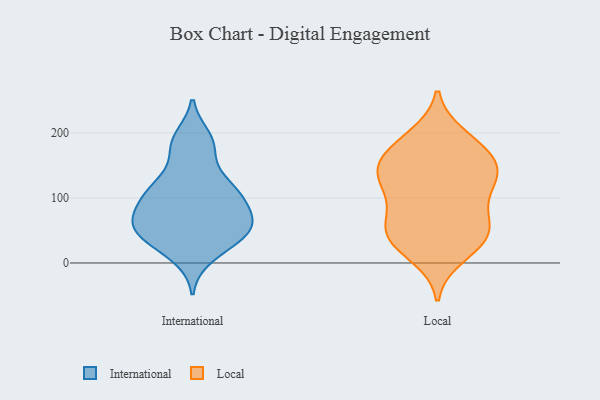
{"axis": {"x": "Churn Rate (%)", "y": "Value"}, "legend": ["International", "Local"], "data": [{"x": "", "y": 36, "type": "International"}, {"x": "", "y": 54, "type": "International"}, {"x": "", "y": 90, "type": "International"}, {"x": "", "y": 77, "type": "International"}, {"x": "", "y": 120, "type": "International"}, {"x": "", "y": 43, "type": "International"}, {"x": "", "y": 179, "type": "International"}, {"x": "", "y": 192, "type": "International"}, {"x": "", "y": 58, "type": "International"}, {"x": "", "y": 59, "type": "International"}, {"x": "", "y": 10, "type": "International"}, {"x": "", "y": 34, "type": "International"}, {"x": "", "y": 180, "type": "International"}, {"x": "", "y": 121, "type": "International"}, {"x": "", "y": 61, "type": "International"}, {"x": "", "y": 89, "type": "International"}, {"x": "", "y": 117, "type": "International"}, {"x": "", "y": 109, "type": "International"}, {"x": "", "y": 189, "type": "Local"}, {"x": "", "y": 122, "type": "Local"}, {"x": "", "y": 131, "type": "Local"}, {"x": "", "y": 39, "type": "Local"}, {"x": "", "y": 195, "type": "Local"}, {"x": "", "y": 28, "type": "Local"}, {"x": "", "y": 147, "type": "Local"}, {"x": "", "y": 103, "type": "Local"}, {"x": "", "y": 51, "type": "Local"}, {"x": "", "y": 143, "type": "Local"}, {"x": "", "y": 71, "type": "Local"}, {"x": "", "y": 45, "type": "Local"}, {"x": "", "y": 167, "type": "Local"}, {"x": "", "y": 148, "type": "Local"}, {"x": "", "y": 11, "type": "Local"}, {"x": "", "y": 171, "type": "Local"}, {"x": "", "y": 76, "type": "Local"}, {"x": "", "y": 124, "type": "Local"}, {"x": "", "y": 43, "type": "Local"}]}